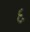
દ